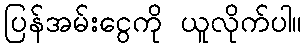
ပြန်အမ်းငွေကို ယူလိုက်ပါ။